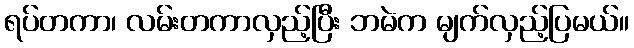
ရပ်တကာ၊ လမ်းတကာလှည့်ပြီး ဘမဲက မျက်လှည့်ပြမယ်။